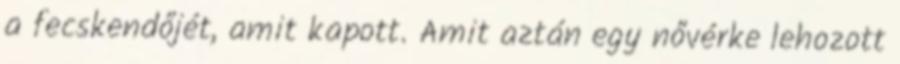
a fecskendőjét, amit kapott. Amit aztán egy nővérke lehozott